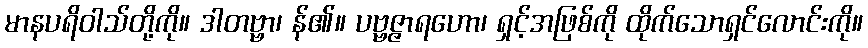
မာနပရိဝါသ်တို့ကို။ ဒါတဗ္ဗာ၊ န်၏။ ပဗ္ဗဇ္ဇာရဟော၊ ရှင့်အဖြစ်ကို ထိုက်သောရှင်လောင်းကို။